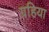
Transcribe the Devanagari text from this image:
ग्रहिया